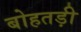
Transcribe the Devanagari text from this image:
बोहतड़ी